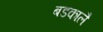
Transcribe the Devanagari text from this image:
बडकालै